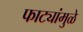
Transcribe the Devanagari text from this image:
फाट्यांमुळे